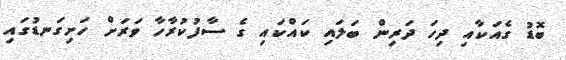
ބޮޑު ގެއަކާއި ދިހަ ދަރިން ބަލައި ކައްކައި ގެ ސާފުކުރާހާ ވަރަށް ހަށިގަނޑުގައި